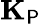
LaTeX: \mathbf{K}_{\P}